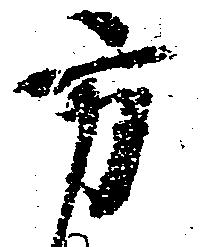
方